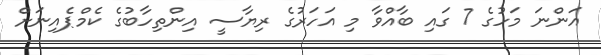
އަންނަ މަހުގެ 7 ގައި ބާއްވާ މި އަހަރުގެ ރިޔާސީ އިންތިހާބުގެ ކެމްޕެއިނަށް